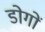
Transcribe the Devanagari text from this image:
डोगों